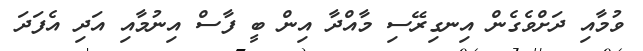
ވުމާއި ދަށްވެގެން އިނގިރޭސި މާއްދާ އިން ބީ ފާސް އިނުމާއި އަދި އެފަދަ